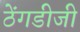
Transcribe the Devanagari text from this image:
ठेंगडीजी